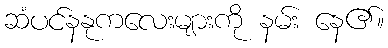
ဆံပင်နနုကလေးများကို နမ်း နေ၏။